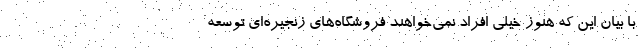
با بيان اين كه هنوز خيلي افراد نمي‌خواهند فروشگاه‌هاي زنجيره‌اي توسعه